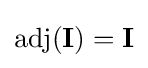
\operatorname {adj} (\mathbf {I} )=\mathbf {I}